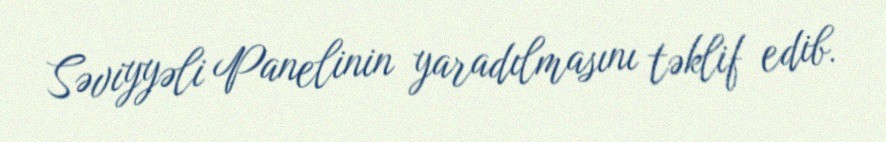
Səviyyəli Panelinin yaradılmasını təklif edib.